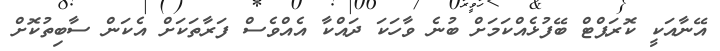
އޭނާއަކީ ކޮރަޕްޓް ބޭފުޅެއްކަމަށް ބުނެ ވާހަކަ ދައްކާ އެއްވެސް ފަރާތަކަށް އެކަން ސާބިތުކޮށް